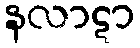
နလာဋာ